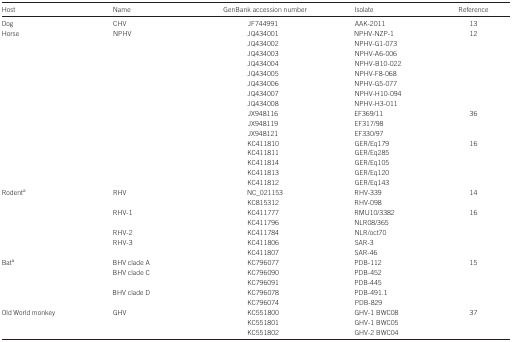
| Host | Name | GenBank accession number | Isolate | Reference |
 | --- | --- | --- | --- | --- |
 | Dog | CHV | JF744991 | AAK-2011 | 13 |
 | Horse | NPHV | JQ434001 | NPHV-NZP-1 | 12 |
 |  |  | JQ434002 | NPHV-G1-073 |  |
 |  |  | JQ434003 | NPHV-A6-006 |  |
 |  |  | JQ434004 | NPHV-B10-022 |  |
 |  |  | JQ434005 | NPHV-F8-068 |  |
 |  |  | JQ434006 | NPHV-G5-077 |  |
 |  |  | JQ434007 | NPHV-H10-094 |  |
 |  |  | JQ434008 | NPHV-H3-011 |  |
 |  |  | JX948116 | EF369/11 | 36 |
 |  |  | JX948119 | EF317/98 |  |
 |  |  | JX948121 | EF330/97 |  |
 |  |  | KC411810 | GER/Eq179 | 16 |
 |  |  | KC411811 | GER/Eq285 |  |
 |  |  | KC411814 | GER/Eq105 |  |
 |  |  | KC411813 | GER/Eq120 |  |
 |  |  | KC411812 | GER/Eq143 |  |
 | Rodenta | RHV | NC_021153 | RHV-339 | 14 |
 |  |  | KC815312 | RHV-098 |  |
 |  | RHV-1 | KC411777 | RMU10/3382 | 16 |
 |  |  | KC411796 | NLR08/365 |  |
 |  | RHV-2 | KC411784 | NLR/oct70 |  |
 |  | RHV-3 | KC411806 | SAR-3 |  |
 |  |  | KC411807 | SAR-46 |  |
 | Bata | BHV clade A | KC796077 | PDB-112 | 15 |
 |  | BHV clade C | KC796090 | PDB-452 |  |
 |  |  | KC796091 | PDB-445 |  |
 |  | BHV clade D | KC796078 | PDB-491.1 |  |
 |  |  | KC796074 | PDB-829 |  |
 | Old World monkey | GHV | KC551800 | GHV-1 BWC08 | 37 |
 |  |  | KC551801 | GHV-1 BWC05 |  |
 |  |  | KC551802 | GHV-2 BWC04 |  |